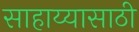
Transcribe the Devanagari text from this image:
साहाय्यासाठी